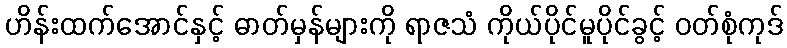
ဟိန်းထက်အောင်နှင့် ဓာတ်မှန်များကို ရာဇသံ ကိုယ်ပိုင်မူပိုင်ခွင့် ဝတ်စုံကုဒ်